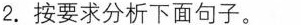
2.按要求分析下面句子。